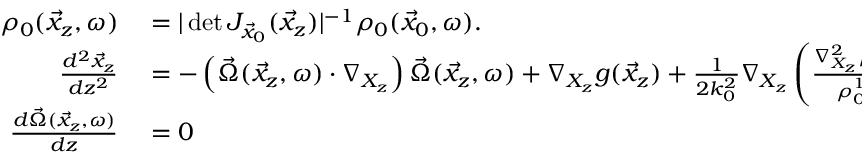
\begin{array} { r l } { \rho _ { 0 } ( \vec { x } _ { z } , \omega ) } & { { } = | \operatorname* { d e t } J _ { \vec { x } _ { 0 } } ( \vec { x } _ { z } ) | ^ { - 1 } \rho _ { 0 } ( \vec { x } _ { 0 } , \omega ) . } \\ { \frac { d ^ { 2 } \vec { x } _ { z } } { d z ^ { 2 } } } & { { } = - \left( \vec { \Omega } ( \vec { x } _ { z } , \omega ) \cdot \nabla _ { X _ { z } } \right) \vec { \Omega } ( \vec { x } _ { z } , \omega ) + \nabla _ { X _ { z } } g ( \vec { x } _ { z } ) + \frac { 1 } { 2 k _ { 0 } ^ { 2 } } \nabla _ { X _ { z } } \left( \frac { \nabla _ { X _ { z } } ^ { 2 } \rho _ { 0 } ^ { 1 / 2 } ( \vec { x } _ { z } , \omega ) } { \rho _ { 0 } ^ { 1 / 2 } ( \vec { x } _ { z } , \omega ) } \right) } \\ { \frac { d \vec { \Omega } ( \vec { x } _ { z } , \omega ) } { d z } } & { { } = 0 } \end{array}